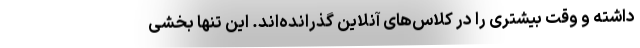
داشته و وقت بیشتری را در کلاس‌های آنلاین گذرانده‌اند. این تنها بخشی